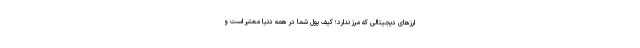
ارزهای دیجیتالی که مرز ندارد؛ کیف پول شما در همه دنیا معتبر است و